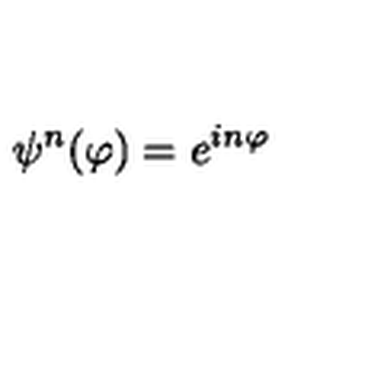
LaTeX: \psi ^ { n } ( \varphi ) = e ^ { i n \varphi }